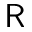
\mathsf { R }